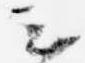
云